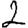
Digit: 2